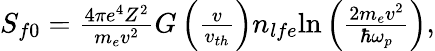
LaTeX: \begin{array}{r}{S_{f0}=\frac{4\pi e^{4}Z^{2}}{m_{e}v^{2}}G\left(\frac{v}{v_{th}}\right)n_{lfe}\mathrm{ln}\left(\frac{2m_{e}v^{2}}{\hbar\omega_{p}}\right),}\end{array}